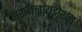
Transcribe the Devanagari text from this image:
नशनलायझेशन